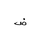
Letter: _dad